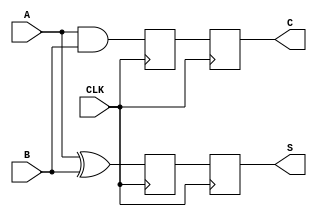
module sequential_half_adder (
    input wire A,          // First input bit
    input wire B,          // Second input bit
    input wire CLK,        // Clock signal
    output reg S,         // Sum output
    output reg C          // Carry output
);

// Internal registers to hold the current state
reg sum_reg;
reg carry_reg;

// Always block triggered on the rising edge of the clock
always @(posedge CLK) begin
    // Compute new sum and carry
    sum_reg <= A ^ B;      // S_new = A XOR B
    carry_reg <= A & B;    // C_new = A AND B
end

// Assign the internal registers to the outputs
always @(posedge CLK) begin
    S <= sum_reg;          // Update output S with the current sum
    C <= carry_reg;        // Update output C with the current carry
end

// Initialization on reset (optional, if you want to include a reset signal)
// You can uncomment the following lines if you want to add a reset functionality
/*
always @(posedge RESET) begin
    sum_reg <= 1'b0;
    carry_reg <= 1'b0;
end
*/

endmodule